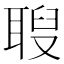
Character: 𦖚